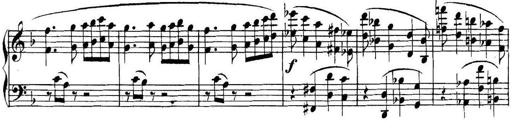
Title: Collected Piano Sonatas
Composer: Muzio Clementi